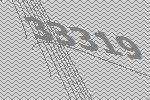
33319